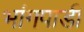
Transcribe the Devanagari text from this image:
भांगपाडी